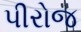
પીરોજ